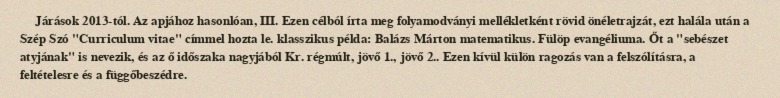
Járások 2013-tól. Az apjához hasonlóan, III. Ezen célból írta meg folyamodványi mellékletként rövid önéletrajzát, ezt halála után a Szép Szó "Curriculum vitae" címmel hozta le. klasszikus példa: Balázs Márton matematikus. Fülöp evangéliuma. Őt a "sebészet atyjának" is nevezik, és az ő időszaka nagyjából Kr. régmúlt, jövő 1., jövő 2.. Ezen kívül külön ragozás van a felszólításra, a feltételesre és a függőbeszédre.